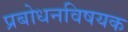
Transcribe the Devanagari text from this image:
प्रबोधनविषयक